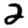
Digit: 2